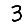
Digit: 3